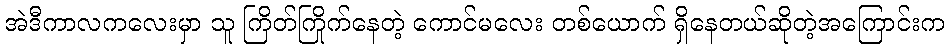
အဲဒီကာလကလေးမှာ သူ ကြိတ်ကြိုက်နေတဲ့ ကောင်မလေး တစ်ယောက် ရှိနေတယ်ဆိုတဲ့အကြောင်းက